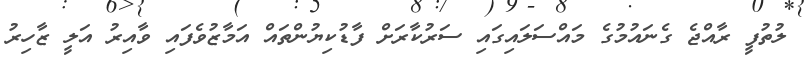
ލުތުފީ ރާއްޖެ ގެނައުމުގެ މައްސަލައިގައި ސަރުކާރަށް ފާޑުކިޔުންތައް އަމާޒުވެފައި ވާއިރު އަލީ ޒާހިރު